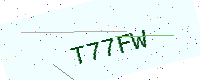
Text: T77FW